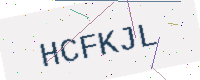
Text: HCFKJL